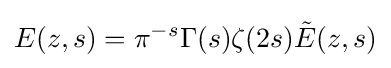
E(z,s)=\pi ^{-s}\Gamma (s)\zeta (2s){\tilde {E}}(z,s)